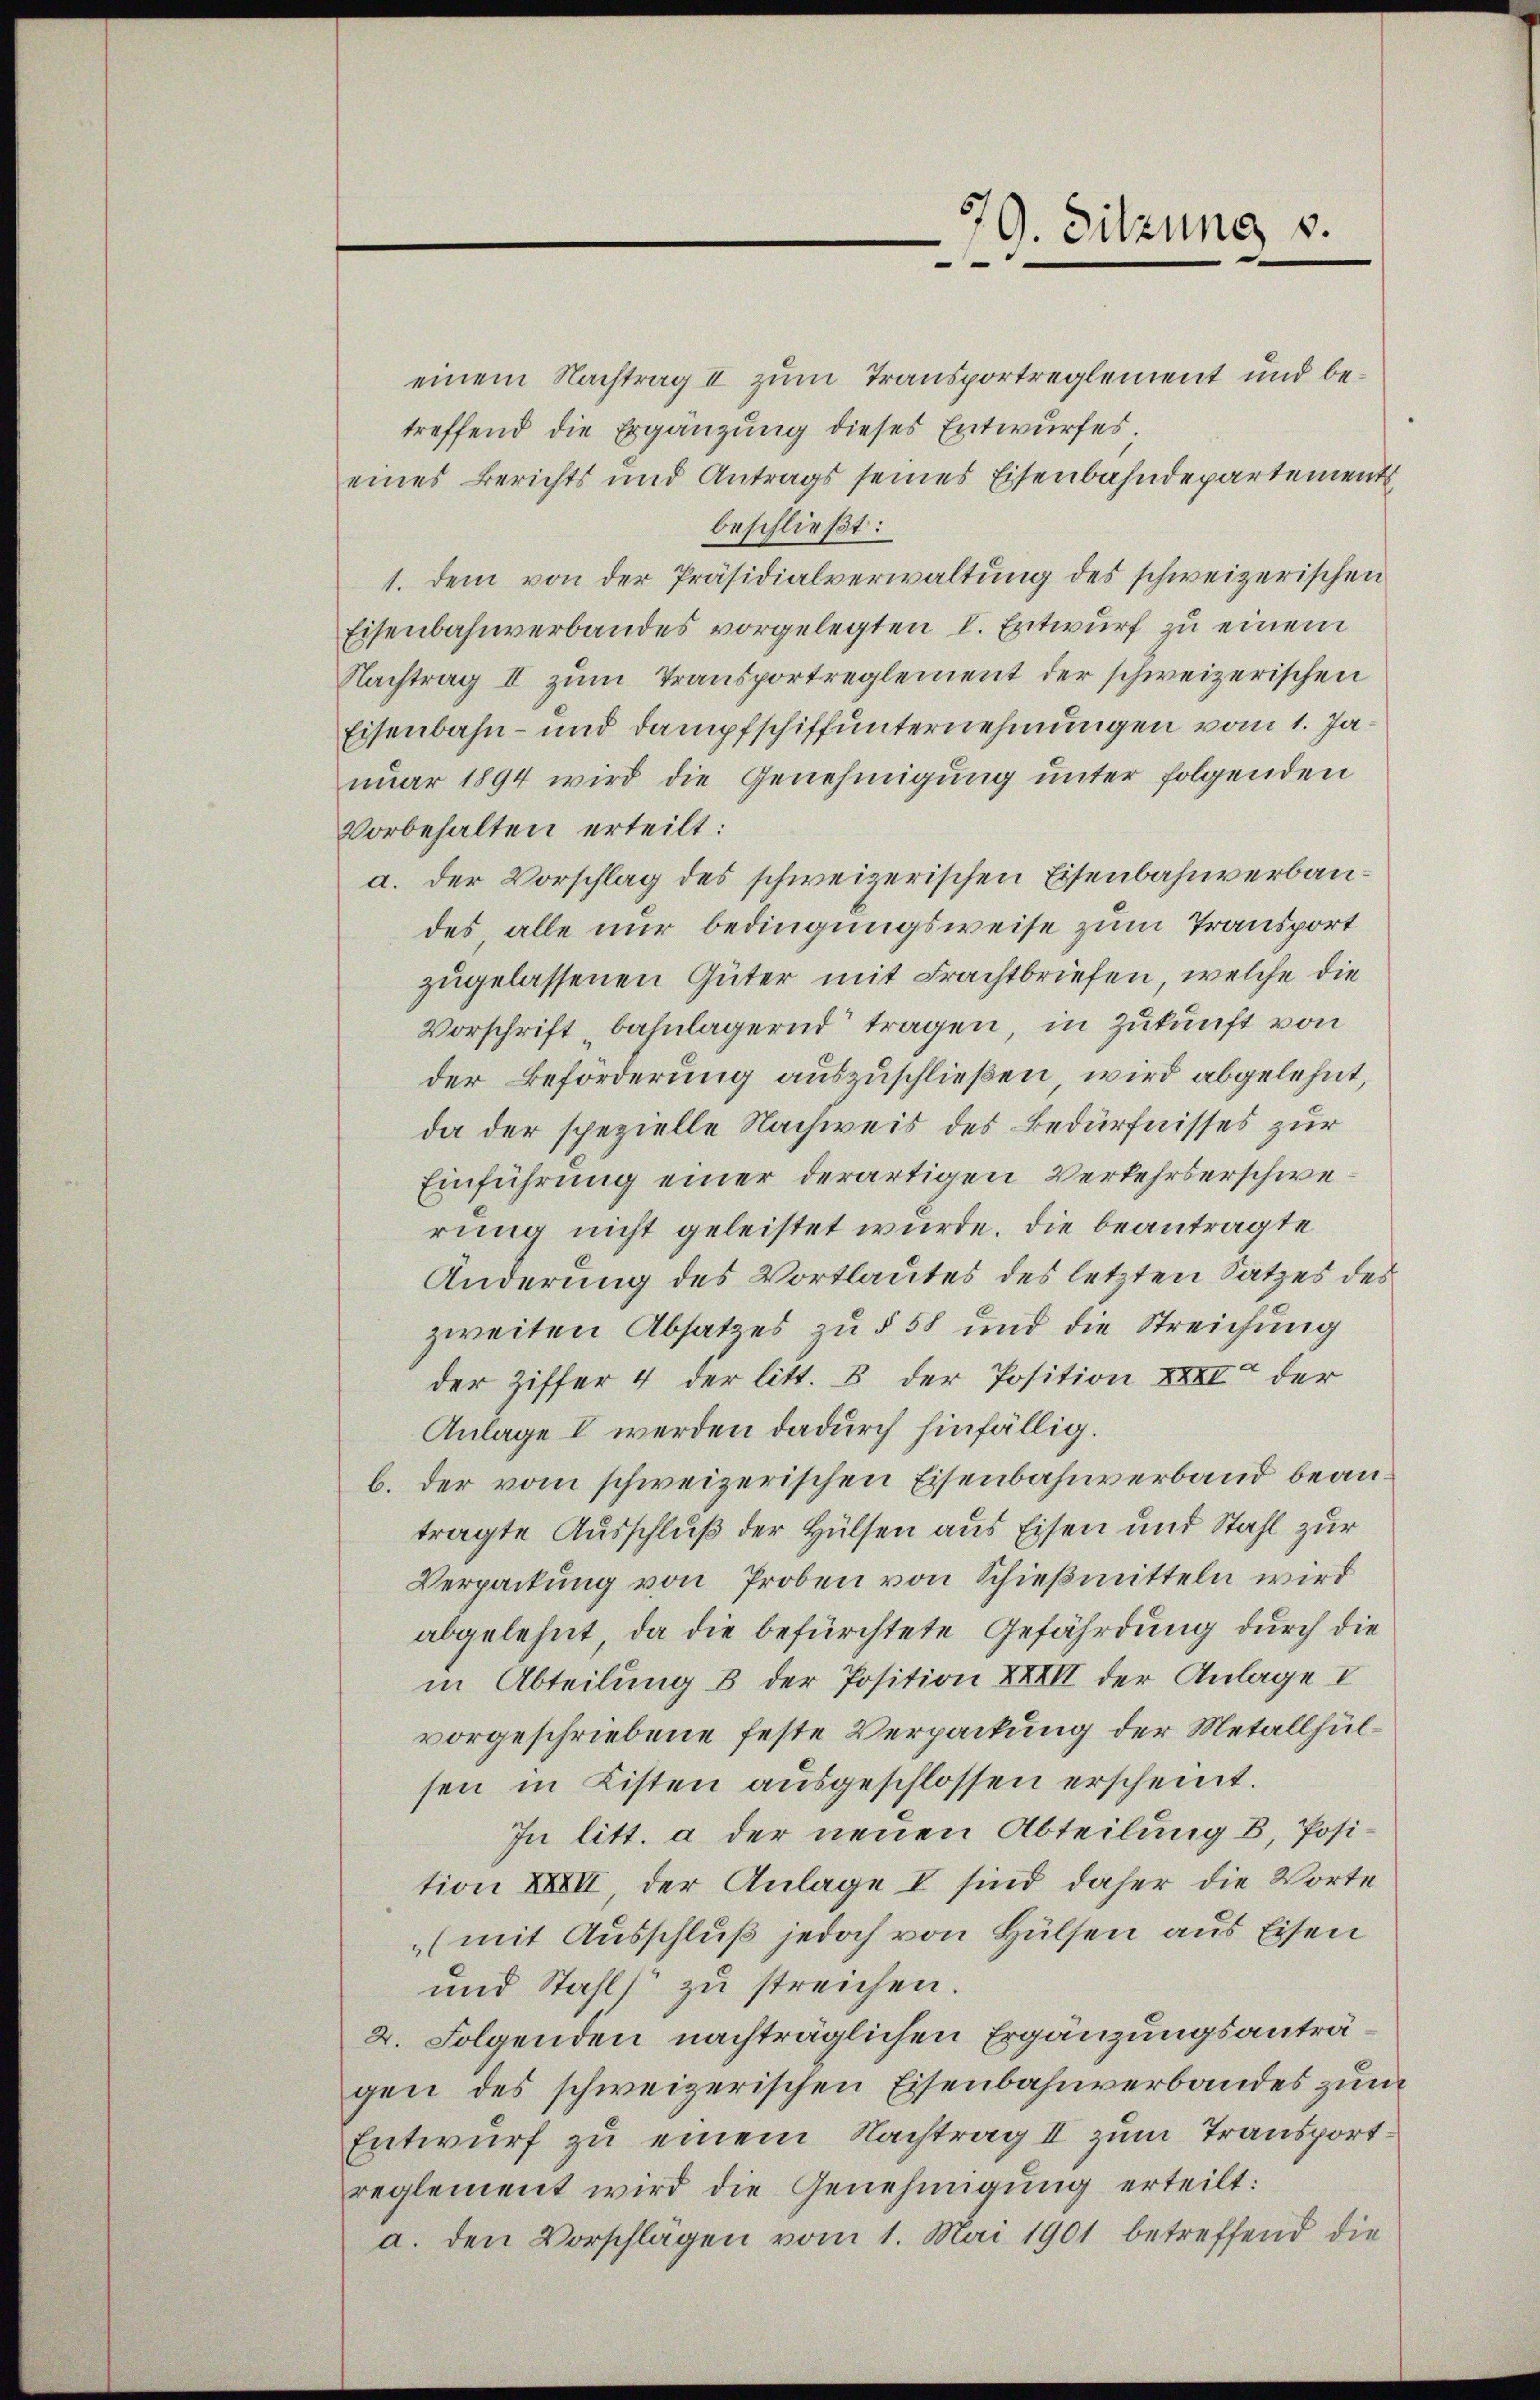
79. Sitzung v.
2

einem Nachtrag II zum Transportreglement und betreffend die Ergänzung dieses Entwurfes.
eines Berichts und Antrags seines Eisenbahndepartements
beschließt:
1. dem von der Präsidialverwaltung des schweizerischen
Eisenbahnverbandes vorgelegten I. Entwurf zu einem
Nachtrag II zum Transportreglement der schweizerischen
Eisenbahn- und Dampfschiffunternehmungen vom 1. Januar 1894 wird die Genehmigung unter folgenden
Vorbehalten erteilt:
a. der Vorschlag des schweizerischen Eisenbahnverbaudes alle nur bedingungsweise zum Transport
zugelassenen Güter mit Frachtbriefen, welche die
Vorschrift bahnlagernd tragen, in Zukunft von
der Beförderung auszuschließen, wird abgelehnt,
da der spezielle Nachweis des Bedürfnisses zur
Einführung einer derartigen Verkehrserschwerung nicht geleistet wurde. Die beantragte
Änderung des Vortlautes des letzten Satzes des
zweiten Absatzes zu § 58 und die Streichung
der Ziffer 4 der litt. 8 der Position XXII der
Anlage I werden dadurch hinfällig.
b. der vom schweizerischen Eisenbahnverband beantragte Ausschluß der Hülsen aus Eisen und Stahl zur
Verpackung von Proben von Schießmitteln wird
abgelehnt, da die befürchtete Gefährdung durch die
in Abteilung 3 der Position XXIII der Anlage V
vorgeschriebene feste Verpackung der Metallhülsen in Kisten ausgeschlossen erscheint.
In litt. a der neuen Abteilung B, Position XXXII, der Anlage I sind daher die Worte
(mit Ausschluß jedoch von Hülsen aus Eisen
und Stahls zu streichen.
2. Folgenden nachträglichen Ergänzungsanträgen des schweizerischen Eisenbahnverbandes zum
Entwurf zu einem Nachtrag II zum Transportreglement wird die Genehmigung erteilt:
a. den Vorschlagen vom 1. Mai 1901 betreffend die